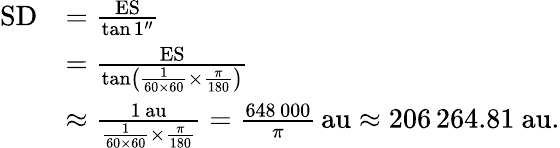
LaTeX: {\begin{array}{rl}{\mathrm{SD}}&{={\frac{\mathrm{ES}}{\tan 1^{\prime\prime}}}}\\ &{={\frac{\mathrm{ES}}{\tan\left({\frac{1}{60\times 60}}\times{\frac{\pi}{180}}\right)}}}\\ &{\approx{\frac{1\, \mathrm{au}}{{\frac{1}{60\times 60}}\times{\frac{\pi}{180}}}}={\frac{648\, 000}{\pi}}\, \mathrm{au}\approx 206\, 264.81~\mathrm{au}.}\end{array}}